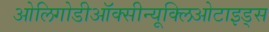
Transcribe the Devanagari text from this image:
ओलिगोडीऑक्सीन्यूक्लिओटाइड्स